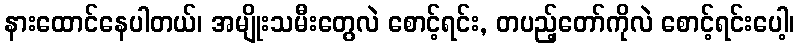
နားထောင်နေပါတယ်၊ အမျိုးသမီးတွေလဲ စောင့်ရင်း, တပည့်တော်ကိုလဲ စောင့်ရင်းပေါ့၊